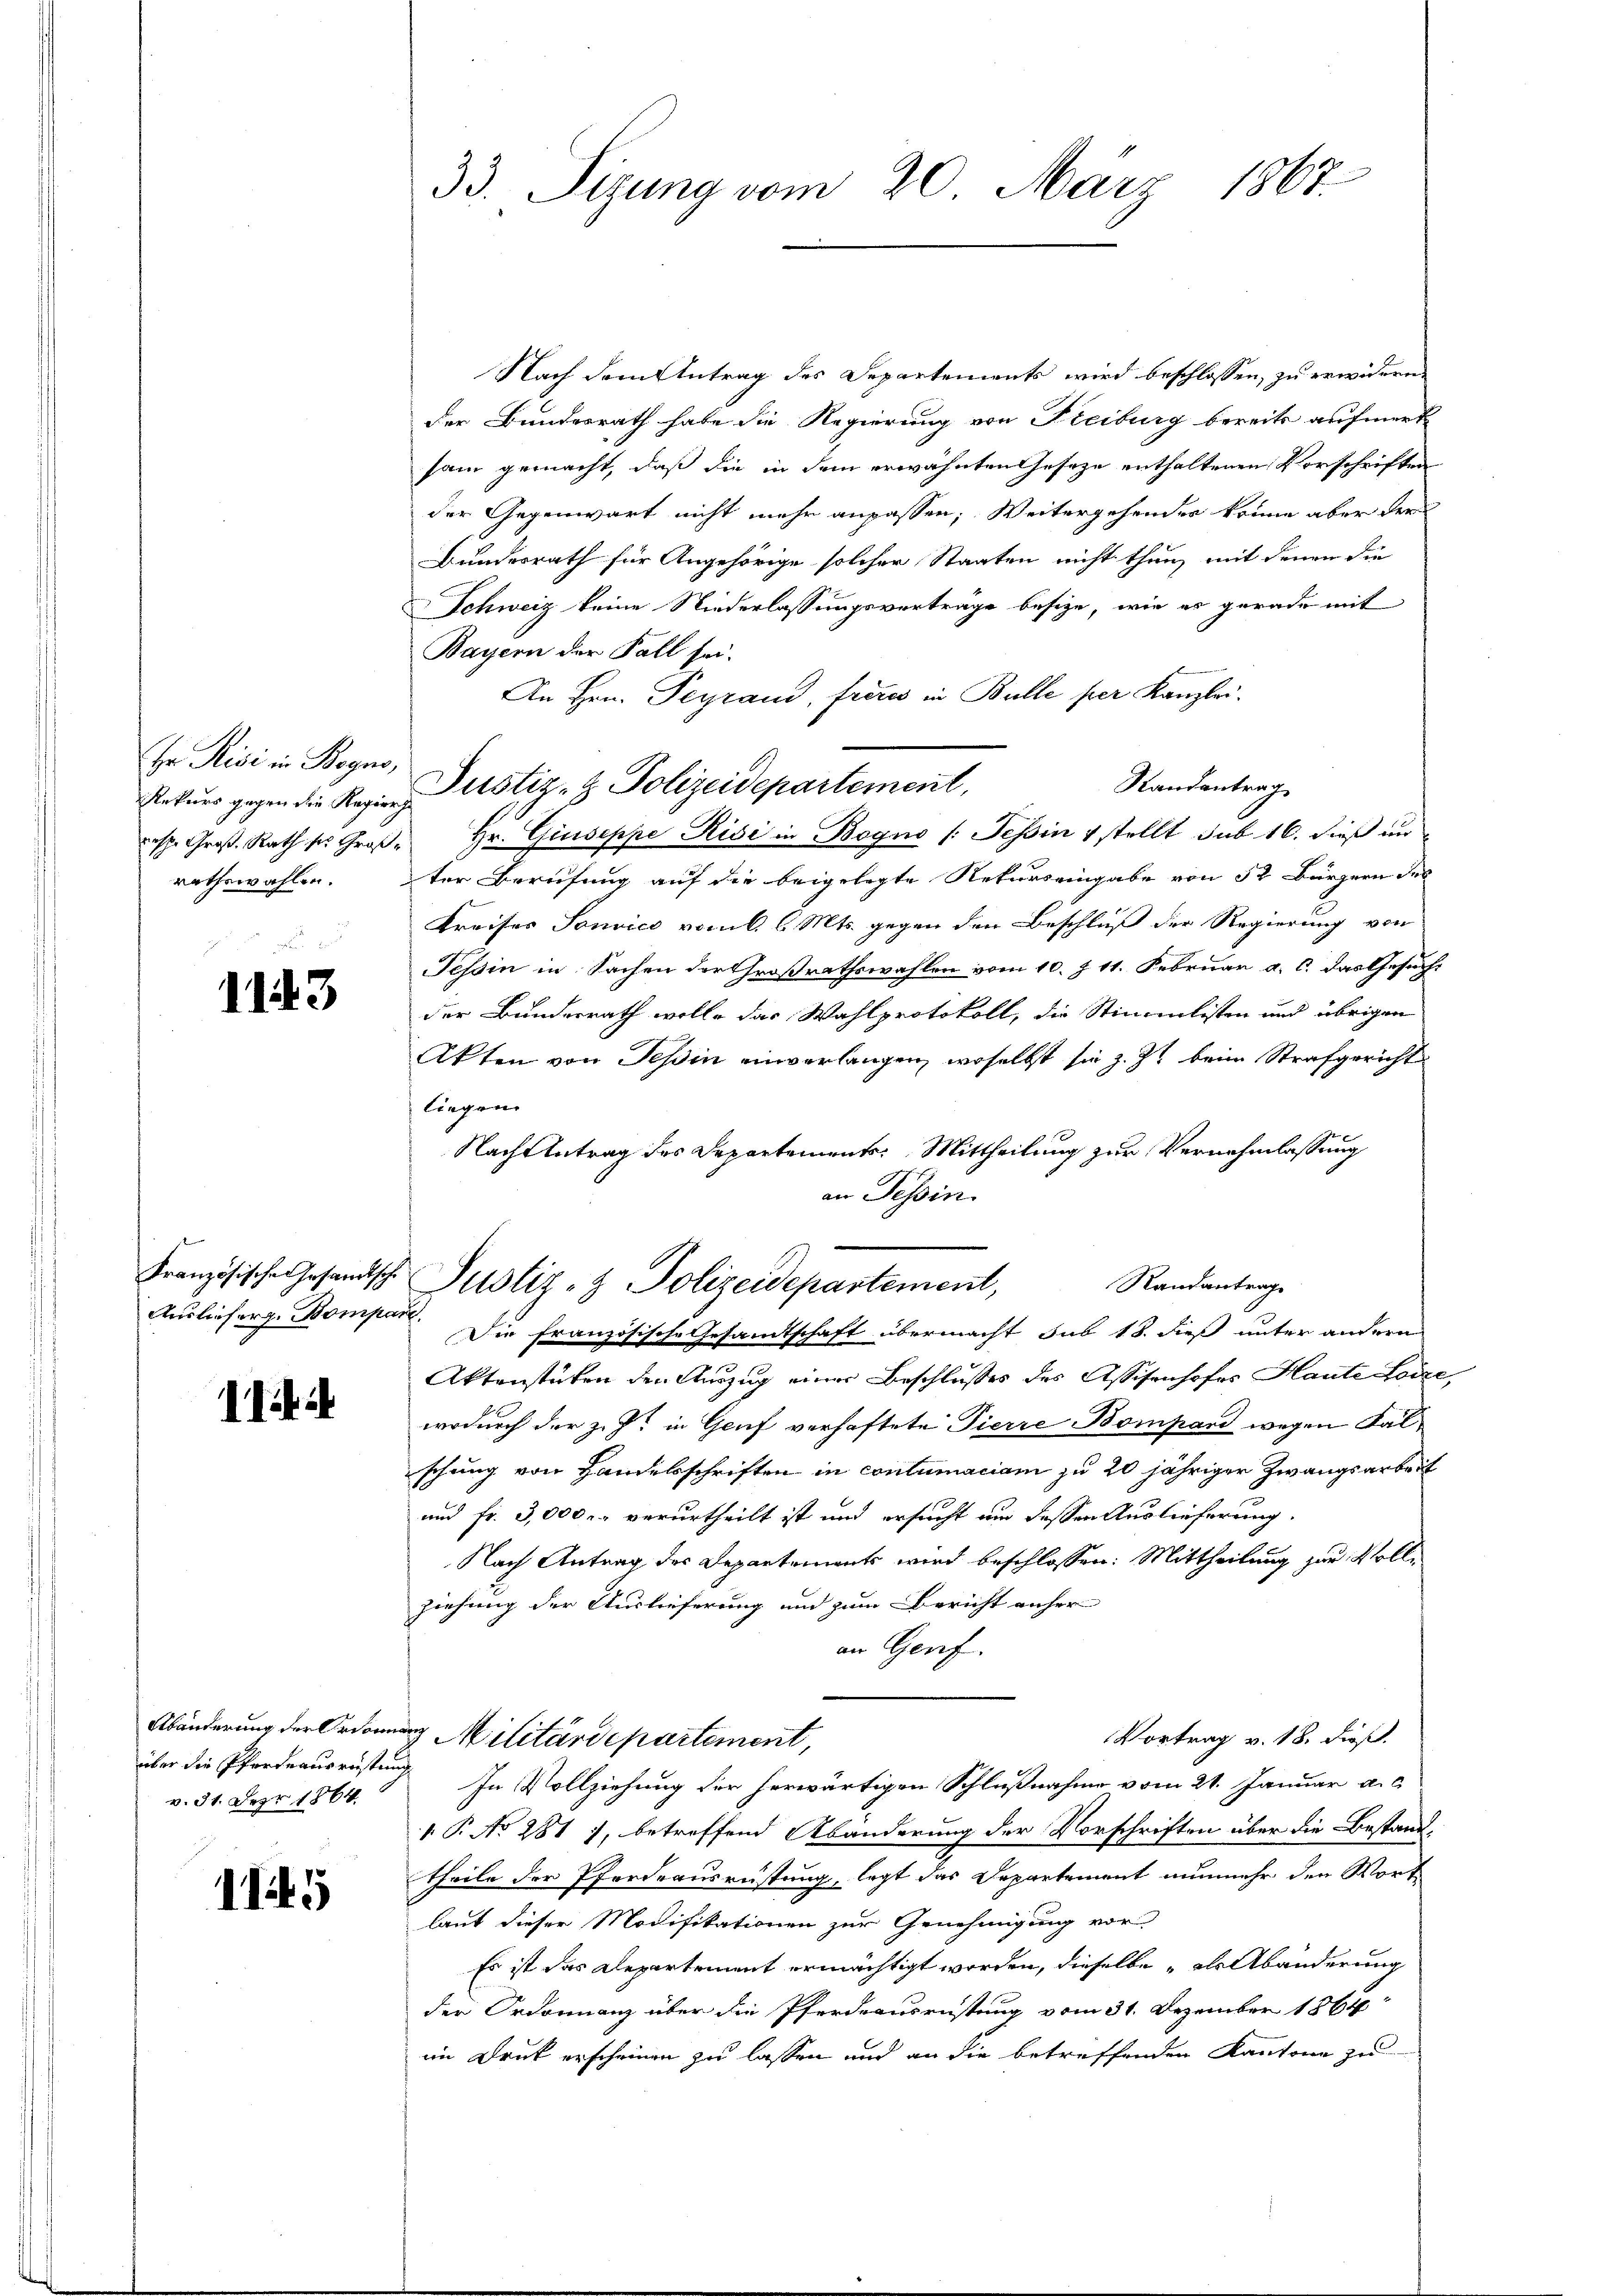
Hr. Risi in Bogno,
rathswahlen.

1143

Auslieferg. Bompare

11 i

v. 31. Depr 1864.

1145

33. Sizung vom 20. März 1867

Nach dem Antrag des Departements wird beschlossen, zu erwidern,
der Bundesrath habe die Regierung von Freiburg bereits aufmerk
sam gemacht, daß die in dem erwähnten Geseze enthaltenen Vorschriften
der Gegenwart nicht mehr anpassen, Weitergehender könne aber der
Bundesrath für Angehörige solcher Staaten nicht thun, mit denen die
Schweiz keine Niederlassungsverträge besize, wie er gerade mit
Bayern der Fall sei.
An Hrn. Peyrand, freies in Bulle per Kanzlei.
Randantrag
resp. Groβ. Rath ses Groß- Hr. Giuseppe Risi in Bogno (: Tessin 4 stellt sub 16. dieß un
ter Berufung auf die beigelegte Rekurs eingabe von 52 Bürgern des
Kreises Sonvice vom 6. 6. Mts. gegen den Beschluß der Regierung von
Tessin in Sachen der Großrathswahlen vom 10. J. 11. Februar a. c. das Gesucht
der Bundesrath wolle das Wahlprotokoll, die Stimmlisten und übrigen
Akten von Tessin einverlangen, woselbst sie z. Zt. beim Strafgericht
liegen
Nachtetrag des Departements: Mittheilung zur Vernehmlassung
an Tessin.
Französische Gesandtsche Justiz- & Polizeidepartement,
Randantrag
Die französische Gesandtschaft übermacht sub 18. dieß unter anderen
Aktenstüken den Auszug einer Beschlusses des Assisenhofes Haute Loize
wodurch der z. Z. in Genf verhaftete Pierre Bompand wegen Falschung von Handelsschriften in contumaciam zu 20 jähriger Zwangsarbeit
und fr. 3,000. verurtheilt ist und ersucht um dessen Auslieferung.
Nach Antrag des Departements wird beschlossen: Mittheilung zur Vollziehung der Auslieferung und zum Bericht unfer
an Genf.
Abänderung der Ordnung Militärdepartement,
Vortrag v. 18. dieß.
über die Pfordeausrüstung. In Vollziehung der herwärtigen Schlußnahme vom 21. Januar a. c.
 P. No 281), betreffend Abänderung der Vorschriften über die Bestand-
theile der Pferdeausrüstung, legt das Departement nunmehr den Wort
laut dieser Modifikationen zur Genehmigung vor
Es ist das Departement ermächtigt worden, dieselbe als Abänderung
der Ordonnanz über die Pferdeausrüstung vom 31. Dezember 1864
im Druk erscheinen zu lassen und an die betreffenden Kantone zu

Rekŭrs gegen der Rustiz- & Polizeidepartement,